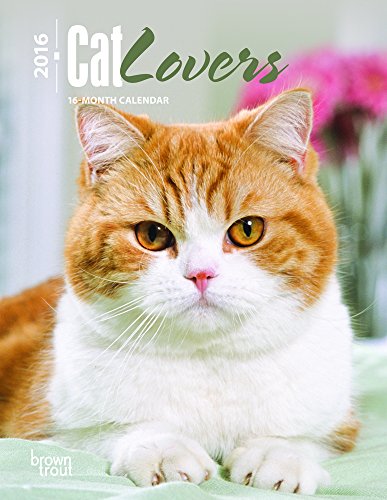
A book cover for Cat Lovers 2016 Engagement; Browntrout Publishers; Calendars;